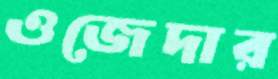
ওজেদার